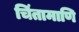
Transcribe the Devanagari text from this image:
चिंतामाणि